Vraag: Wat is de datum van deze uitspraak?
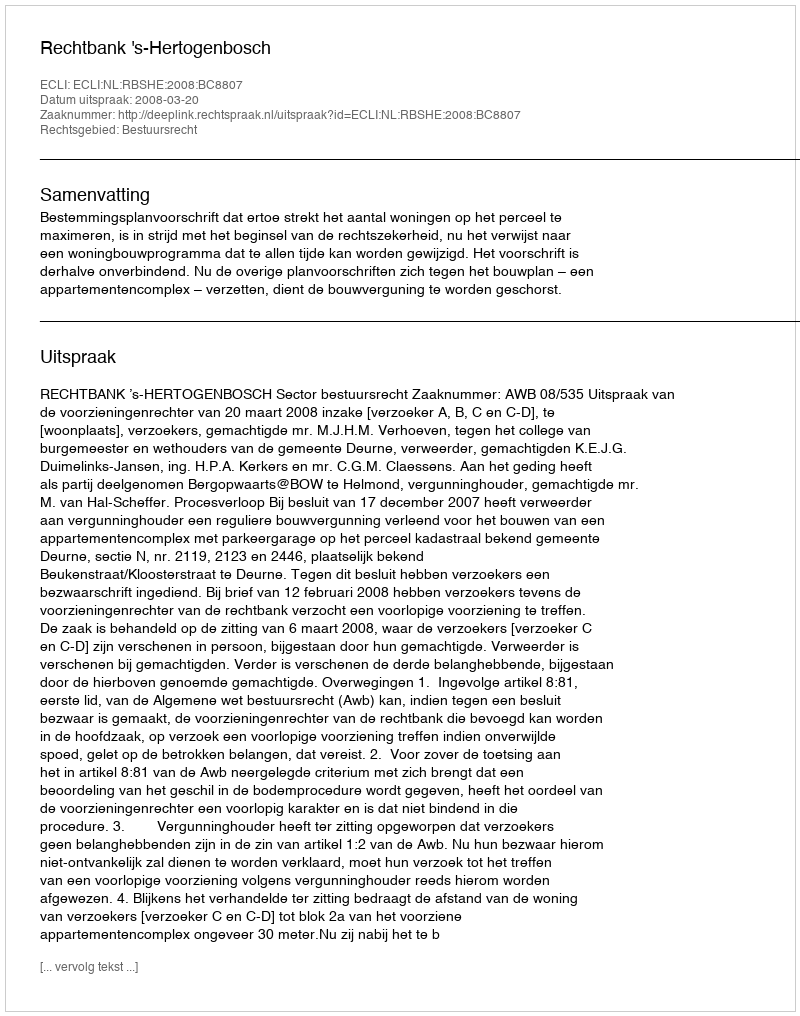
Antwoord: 2008-03-20